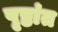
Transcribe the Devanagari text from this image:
पृष्ठांत